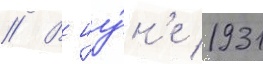
// В иу́н'е 1931